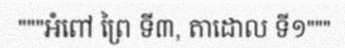
"""អំពៅ ព្រៃ ទី៣, តាដោល ទី១"""